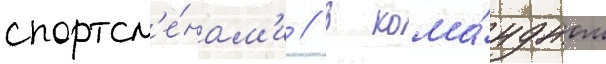
спортсм'е́нам'и // В кома́ндном